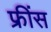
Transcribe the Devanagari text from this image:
फ्रींस